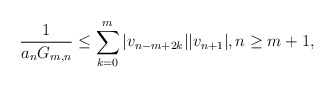
\begin{align*} \frac{1}{a_n G_{m,n}} \le \sum_{k=0}^m |v_{n-m+2k}| |v_{n+1}|, n\ge m+1, \end{align*}